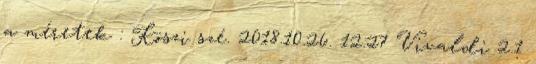
a méretek : Köszi szé. 2018.10.26. 12:27 Vivaldi 2.1